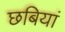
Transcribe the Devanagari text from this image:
छबियां